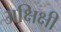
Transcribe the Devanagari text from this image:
अक्षिक्षी